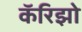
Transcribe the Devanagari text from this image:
कॅरिझो